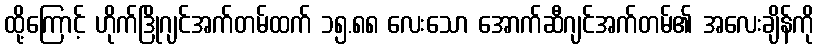
ထို့ကြောင့် ဟိုက်ဒြိုဂျင်အက်တမ်ထက် ၁၅.၈၈ လေးသော အောက်ဆီဂျင်အက်တမ်၏ အလေးချိန်ကို